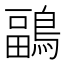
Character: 鶝